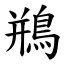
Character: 鵧